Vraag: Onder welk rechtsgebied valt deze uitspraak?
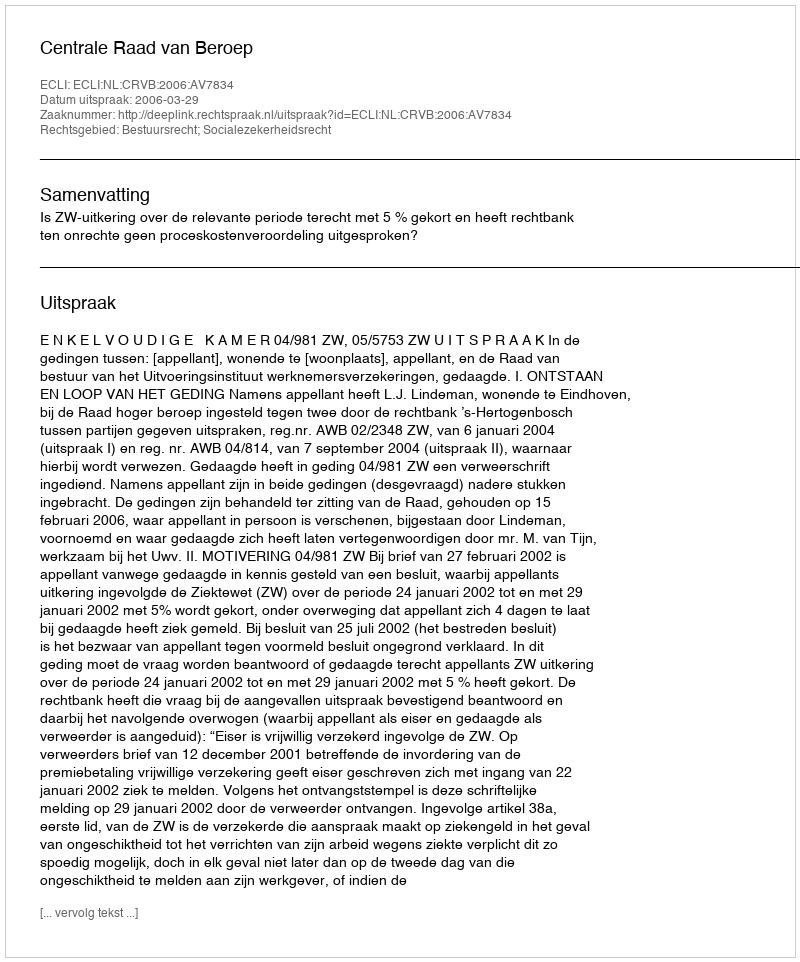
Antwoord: Bestuursrecht; Socialezekerheidsrecht